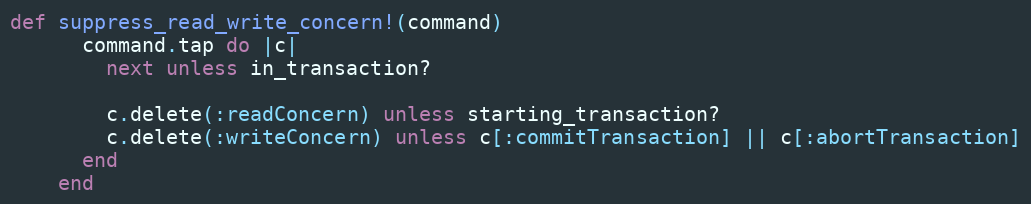
Language: Ruby
def suppress_read_write_concern!(command)
      command.tap do |c|
        next unless in_transaction?

        c.delete(:readConcern) unless starting_transaction?
        c.delete(:writeConcern) unless c[:commitTransaction] || c[:abortTransaction]
      end
    end